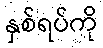
နှစ်ရပ်ကို